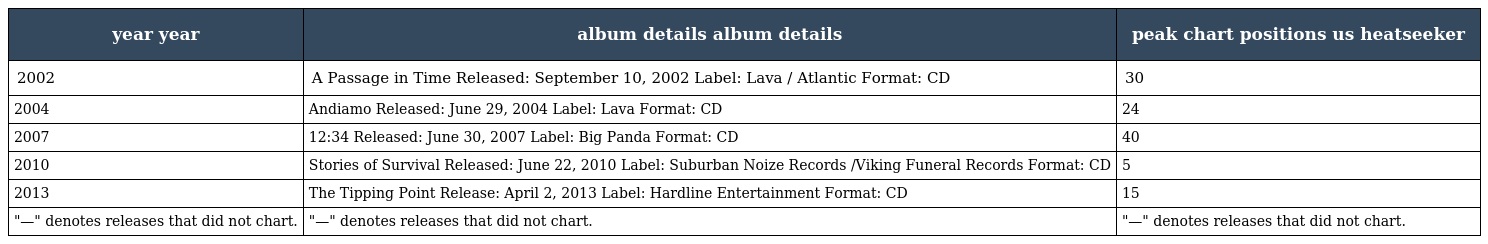
| year year | album details album details | peak chart positions us heatseeker |
 | --- | --- | --- |
 | 2002 | A Passage in Time Released: September 10, 2002 Label: Lava / Atlantic Format: CD | 30 |
 | 2004 | Andiamo Released: June 29, 2004 Label: Lava Format: CD | 24 |
 | 2007 | 12:34 Released: June 30, 2007 Label: Big Panda Format: CD | 40 |
 | 2010 | Stories of Survival Released: June 22, 2010 Label: Suburban Noize Records /Viking Funeral Records Format: CD | 5 |
 | 2013 | The Tipping Point Release: April 2, 2013 Label: Hardline Entertainment Format: CD | 15 |
 | "—" denotes releases that did not chart. | "—" denotes releases that did not chart. | "—" denotes releases that did not chart. |